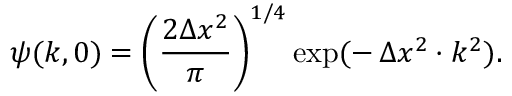
\psi ( k , 0 ) = \left( \frac { 2 \Delta x ^ { 2 } } { \pi } \right) ^ { 1 / 4 } \exp ( - \, \Delta x ^ { 2 } \cdot k ^ { 2 } ) .